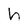
Character: h